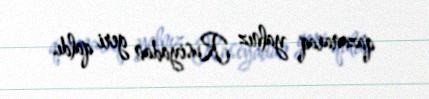
qazanaraq yalnız Rusiyadan geri qaldı.